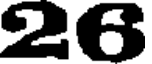
26